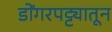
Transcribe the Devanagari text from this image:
डोंगरपट्ट्यातून